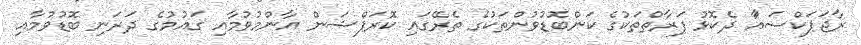
ރާޖަޕަކްސައަާ ދެކޮޅު ފަރާތްތަކުގެ ކަންބޮޑުވުންތަކުގެ ތެރޭގައި ކޮރަޕްޝަން އާންމުވުމާއި ގައުމުގެ ދަރަނި ބޮޑުވުމާއި